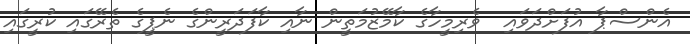
އެންސްޕާ އުފަށްދަވައި  ވެރިމީހާގެ ކާމޭޒުމަތީން ނާއި ކާފަދަރީންގެ ނެޕީގެ ތެރޭގައި ކުރީގައި